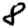
Digit: 8